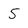
Character: S